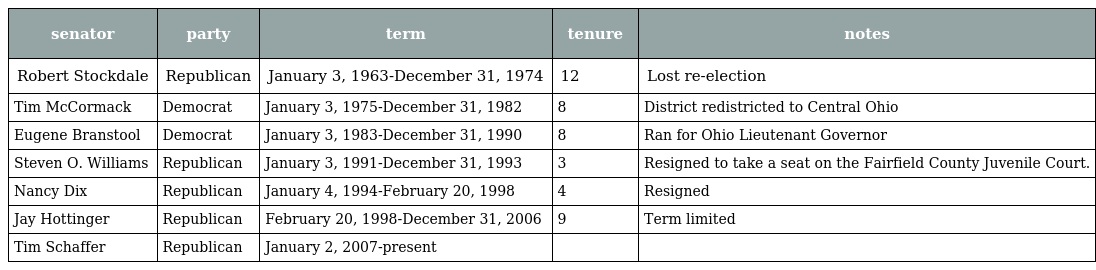
| senator | party | term | tenure | notes |
 | --- | --- | --- | --- | --- |
 | Robert Stockdale | Republican | January 3, 1963-December 31, 1974 | 12 | Lost re-election |
 | Tim McCormack | Democrat | January 3, 1975-December 31, 1982 | 8 | District redistricted to Central Ohio |
 | Eugene Branstool | Democrat | January 3, 1983-December 31, 1990 | 8 | Ran for Ohio Lieutenant Governor |
 | Steven O. Williams | Republican | January 3, 1991-December 31, 1993 | 3 | Resigned to take a seat on the Fairfield County Juvenile Court. |
 | Nancy Dix | Republican | January 4, 1994-February 20, 1998 | 4 | Resigned |
 | Jay Hottinger | Republican | February 20, 1998-December 31, 2006 | 9 | Term limited |
 | Tim Schaffer | Republican | January 2, 2007-present |  |  |